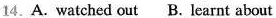
14.A. Watched out B. Learnt about